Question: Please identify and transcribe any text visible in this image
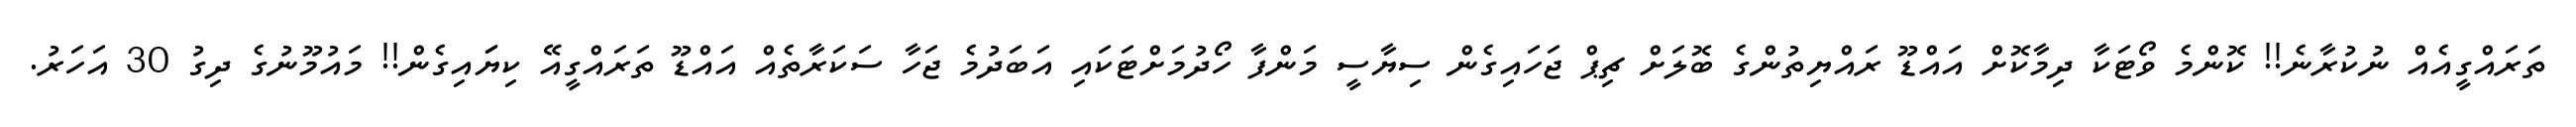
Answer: ތަރައްގީއެއް ނުކުރާނެ!! ކޮންމެ ވޯޓަކާ ދިމާކޮށް އައްޑޫ ރައްޔިތުންގެ ބޮލަށް ޗިޕް ޖަހައިގެން ސިޔާސީ މަންފާ ހޯދުމަށްޓަކައި އަބަދުމެ ޖަހާ ސަކަރާތެއް އައްޑޫ ތަރައްގީއޭ ކިޔަައިގެން!! މައުމޫނުގެ ދިގު 30 އަހަރު.